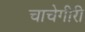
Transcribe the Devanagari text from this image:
चाचेगीरी